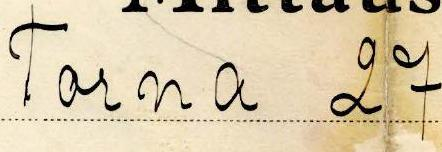
Torna 27